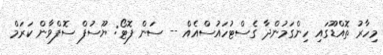
މިހާރު ތޮއްޑޫގައި ހިންގަމުންދާ ގެސްޓުހައުސްއެއް -- ސަން ފޮޓޯ: ޔޫސުފް ސޮފްވާން ކަރަމް